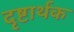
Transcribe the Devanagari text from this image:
दृष्टार्थक